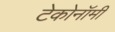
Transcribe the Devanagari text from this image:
टेकोनॉमी